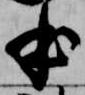
本